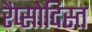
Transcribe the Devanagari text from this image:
रैप्सोदिस्त